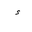
Letter: _hamza